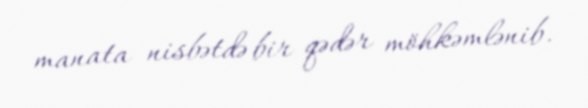
manata nisbətdə bir qədər möhkəmlənib.